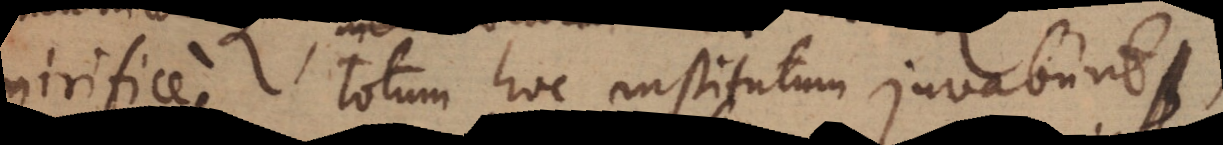
mirifice totum hoc institutum juvabunt,